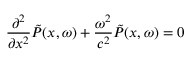
\frac { \partial ^ { 2 } } { \partial x ^ { 2 } } \Tilde { P } ( x , \omega ) + \frac { \omega ^ { 2 } } { c ^ { 2 } } \Tilde { P } ( x , \omega ) = 0